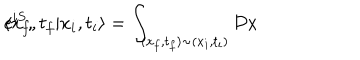
\langle x _ { f } , t _ { f } | x _ { i } , t _ { i } \rangle = \int _ { ( x _ { f } , t _ { f } ) \sim ( x _ { i } , t _ { i } ) } { \cal D } x \hspace { 1 m m } e ^ { i S } ,